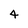
Character: 4